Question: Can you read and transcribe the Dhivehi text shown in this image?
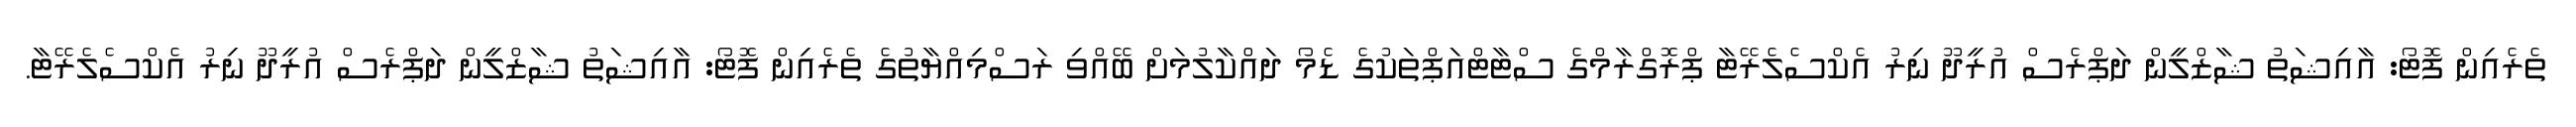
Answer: ތެރެއިން ފޮޓޯ: އާއިޝަތު ޝާޒްލީން ދަޕްރެސް އުރީދޫ ނިރު އެކްސެލެރޭޓާ ޕްރޮގްރާމްގެ ސްޓާޓްއަޕްތަކުގެ ޑެމޯ ދައްކާލުމަށް ބޭއްވި ރަސްމިއްޔާތުގެ ތެރެއިން ފޮޓޯ: އާއިޝަތު ޝާޒްލީން ދަޕްރެސް އުރީދޫ ނިރު އެކްސެލެރޭޓާ.